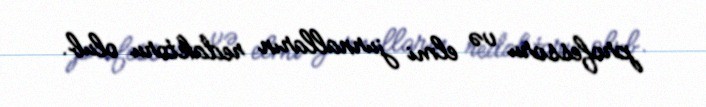
professoru və elmi jurnalların redaktoru olub.